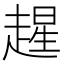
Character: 𫎻